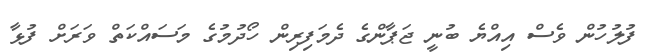
ފުލުހުން ވެސް އިއްޔެ ބުނީ ޖަޕާންގެ ދެމަފިރިން ހޯދުމުގެ މަސައްކަތް ވަރަށް ފުޅާ